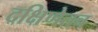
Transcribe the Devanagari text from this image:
दक्षिणेतच